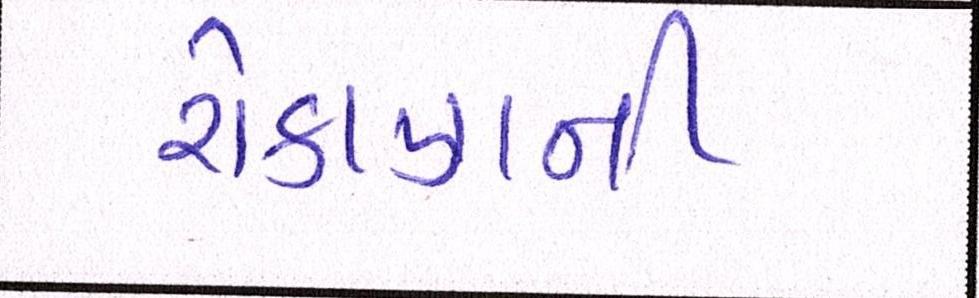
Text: રોકાણની